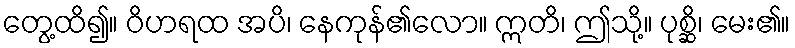
တွေ့ထိ၍။ ဝိဟရထ အပိ၊ နေကုန်၏လော။ ဣတိ၊ ဤသို့။ ပုစ္ဆိ၊ မေး၏။